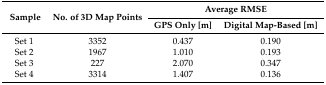
<table><thead><tr><td rowspan="3"><b>Sample</b></td><td rowspan="3"><b>No. of 3D Map Points</b></td><td colspan="2"><b>Average RMSE</b></td></tr><tr><td><b>GPS Only [m]</b></td><td><b>Digital Map-Based [m]</b></td></tr></thead><tbody><tr><td>Set 1</td><td>3352</td><td>0.437</td><td>0.190</td></tr><tr><td>Set 2</td><td>1967</td><td>1.010</td><td>0.193</td></tr><tr><td>Set 3</td><td>227</td><td>2.070</td><td>0.347</td></tr><tr><td>Set 4</td><td>3314</td><td>1.407</td><td>0.136</td></tr></tbody></table>